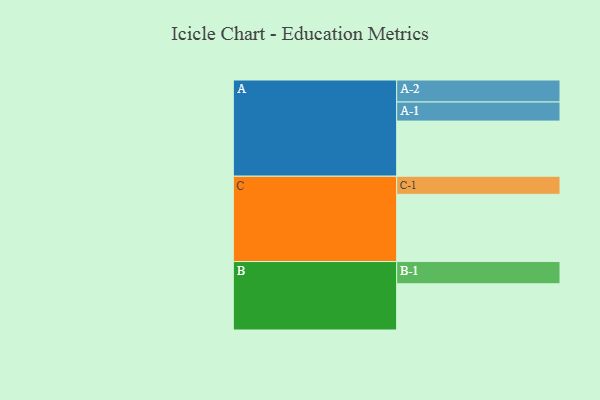
{"axis": {"x": "Segment", "y": "Value"}, "legend": ["", "A", "B", "C"], "data": [{"x": "A", "y": 439, "type": ""}, {"x": "B", "y": 368, "type": ""}, {"x": "C", "y": 535, "type": ""}, {"x": "A-1", "y": 152, "type": "A"}, {"x": "A-2", "y": 175, "type": "A"}, {"x": "B-1", "y": 177, "type": "B"}, {"x": "C-1", "y": 144, "type": "C"}]}